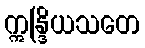
ဣန္ဒြိယသတေ